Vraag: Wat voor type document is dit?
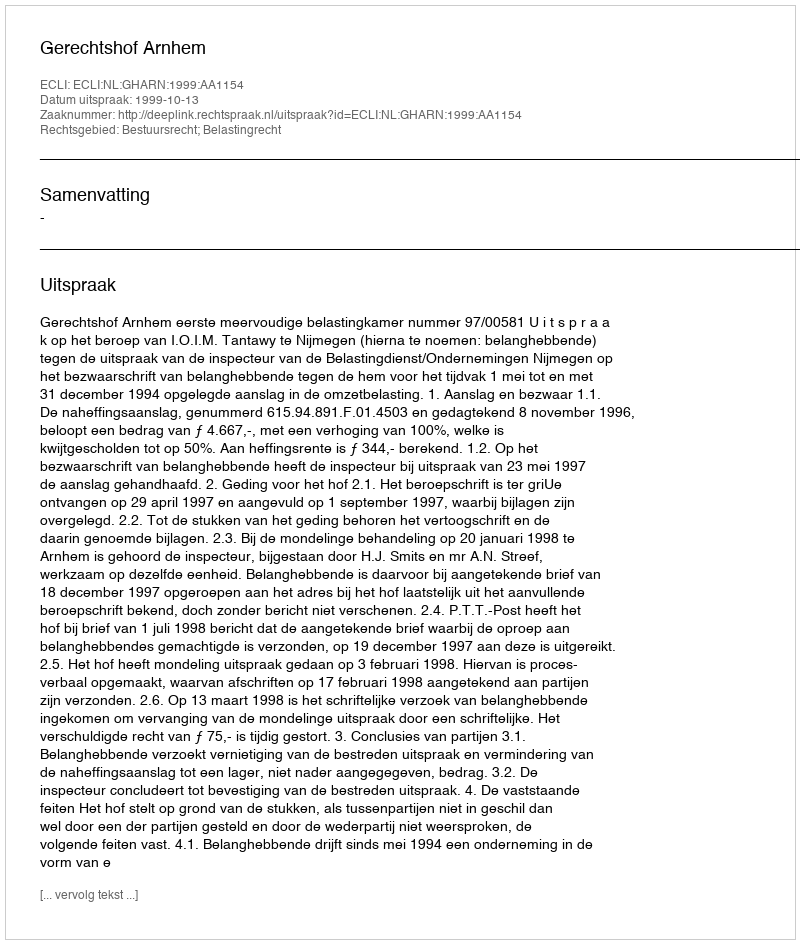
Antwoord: Uitspraak